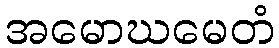
အမောဃမေတံ